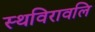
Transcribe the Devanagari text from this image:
स्थविरावलि